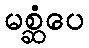
မစ္ဆံပေ